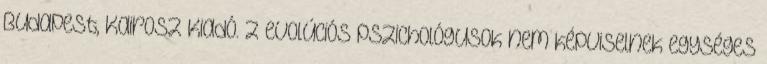
Budapest, Kairosz Kiadó. z evolúciós pszichológusok nem képviselnek egységes